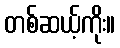
တစ်ဆယ့်ကိုး။